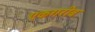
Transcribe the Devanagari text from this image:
एकगरीब